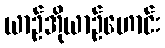
ယာဉ်အိုယာဉ်ဟောင်း